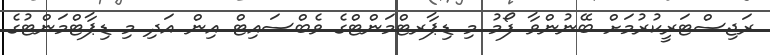
ރަޖިސްޓަރީކުރުމަށް ބޭނުންވާ ފޯމު މި ޑިޕާރޓްމަންޓްގެ ވެބްސައިޓް އިން އަދި މި ޑިޕާޓްމަންޓުގެ